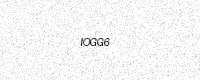
Text: IOGG6